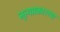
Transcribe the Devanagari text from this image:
नृत्यप्रकाराचा